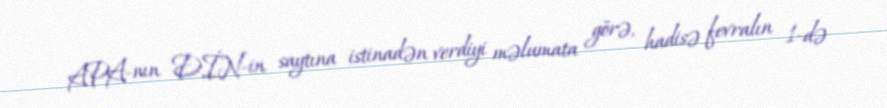
APA-nın DİN-in saytına istinadən verdiyi məlumata görə, hadisə fevralın 1-də